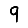
Digit: 9